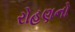
રોહણનો